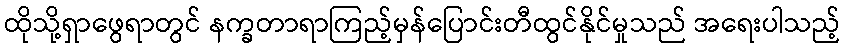
ထိုသို့ရှာဖွေရာတွင် နက္ခတာရာကြည့်မှန်ပြောင်းတီထွင်နိုင်မှုသည် အရေးပါသည့်